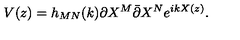
V ( z ) = h _ { M N } ( k ) \partial X ^ { M } \bar { \partial } X ^ { N } e ^ { i k X ( z ) } .